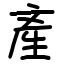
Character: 產